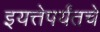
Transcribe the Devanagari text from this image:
इयत्तेपर्यंतचे